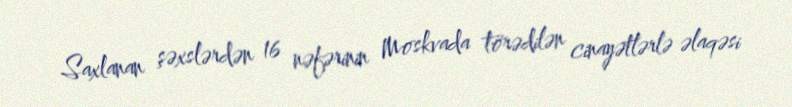
Saxlanan şəxslərdən 16 nəfərinin Moskvada törədilən cinayətlərlə əlaqəsi